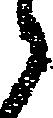
候